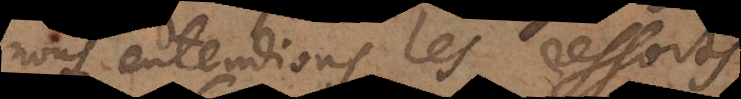
nous entendions les ressorts